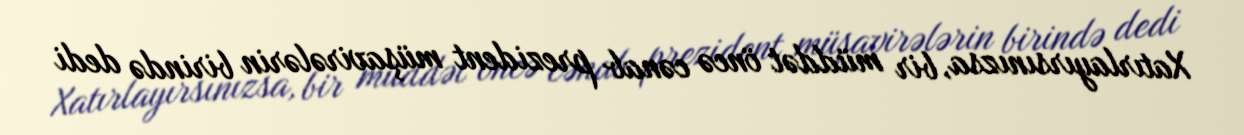
Xatırlayırsınızsa, bir müddət öncə cənab prezident müşavirələrin birində dedi